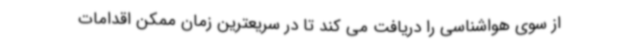
از سوی هواشناسی را دریافت می کند تا در سریعترین زمان ممکن اقدامات